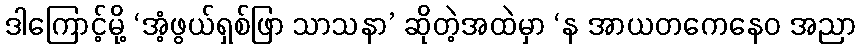
ဒါကြောင့်မို့ ‘အံ့ဖွယ်ရှစ်ဖြာ သာသနာ’ ဆိုတဲ့အထဲမှာ ‘န အာယတကေနေဝ အညာ